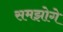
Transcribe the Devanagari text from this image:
समझोगे